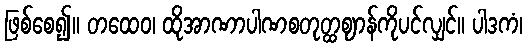
ဖြစ်စေ၍။ တထေဝ၊ ထိုအာဏာပါဏစတုတ္ထဈာန်ကိုပင်လျှင်။ ပါဒကံ၊